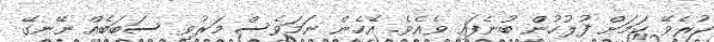
ކުރެވޭ ކަމަށް ފުލުހުން ބުނެފައި ވެއެވެ. އެހެން ނަމަވެސް މަރުވި ސަބަބެއް ނޭނގޭ